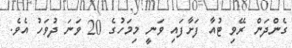
ގެންދަން ރޭވި ޓުއާ ފަށާފައި ވަނީ މިމަހުގެ 20 ވަނަ ދުވަހު އެވެ.